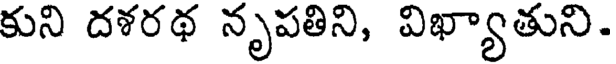
కుని దశరథ నృపతిని, విఖ్యాతుని.